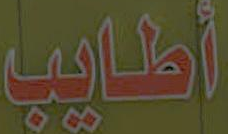
أطايب